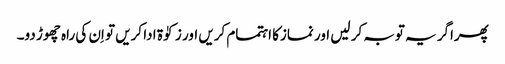
پھراگر یہ توبہ کر لیں اور نمازکا اہتمام کریں اور زکوٰۃ ادا کریں تو اِن کی راہ چھوڑ دو۔